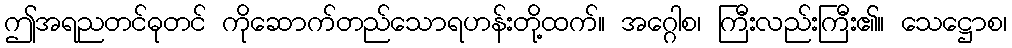
ဤအရညတင်ဓုတင် ကိုဆောက်တည်သောရဟန်းတို့ထက်။ အဂ္ဂေါစ၊ ကြီးလည်းကြီး၏။ သေဋ္ဌောစ၊